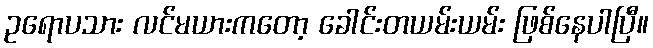
ဥရောပသား လင်မယားကတော့ ခေါင်းတယမ်းယမ်း ဖြစ်နေပါပြီ။